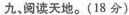
九、阅读天地。(18分)